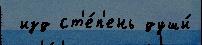
 изд ст'е́п'ень души́